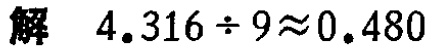
解 \(4.316\div9\approx0.480\)